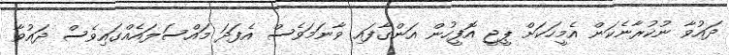
ދައުވާ ނުކުރާނެކަން އެމީހަކަށް ޕީޖީ އޮފީހުން އަންގާފައި ވާނަމަވެސް އެފަދަ މައްސަލައެއްގައިވެސް ދައުވާ